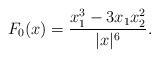
LaTeX: \begin{align*}F_0(x) = \frac{x_1^3-3x_1 x_2^2} {|x|^6}.\end{align*}